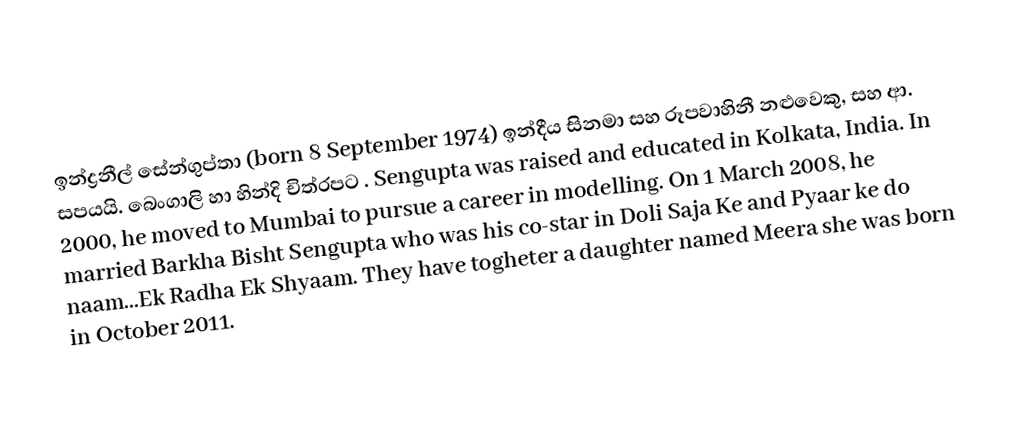
ඉන්ද්‍රනීල් සේන්ගුප්තා (born 8 September 1974) ඉන්දීය සිනමා සහ රූපවාහිනී නළුවෙකු, සහ ආ. සපයයි. බෙංගාලි හා හින්දි චිත්රපට . Sengupta was raised and educated in Kolkata, India. In 2000, he moved to Mumbai to pursue a career in modelling.  On 1 March 2008, he married Barkha Bisht Sengupta who was his co-star in Doli Saja Ke and Pyaar ke do naam...Ek Radha Ek Shyaam. They have togheter a daughter named Meera she was born in October 2011.